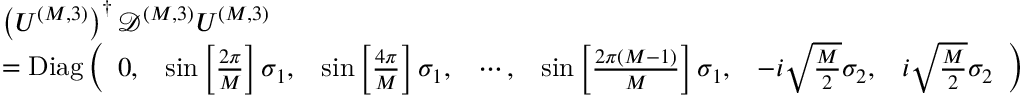
\begin{array} { r l } & { \left( U ^ { ( M , 3 ) } \right) ^ { \dagger } \mathcal { D } ^ { ( M , 3 ) } U ^ { ( M , 3 ) } } \\ & { = \mathrm { D i a g } \left( \begin{array} { l l l l l l l } { 0 , } & { \sin \left[ \frac { 2 \pi } { M } \right] \sigma _ { 1 } , } & { \sin \left[ \frac { 4 \pi } { M } \right] \sigma _ { 1 } , } & { \cdots , } & { \sin \left[ \frac { 2 \pi \left( M - 1 \right) } { M } \right] \sigma _ { 1 } , } & { - i \sqrt { \frac { M } { 2 } } \sigma _ { 2 } , } & { i \sqrt { \frac { M } { 2 } } \sigma _ { 2 } } \end{array} \right) } \end{array}